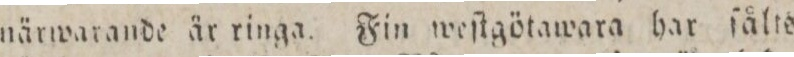
närwarande är ringa. Fin weſtgötawara har ſålts